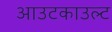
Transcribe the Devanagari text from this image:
आउटकाउल्ट